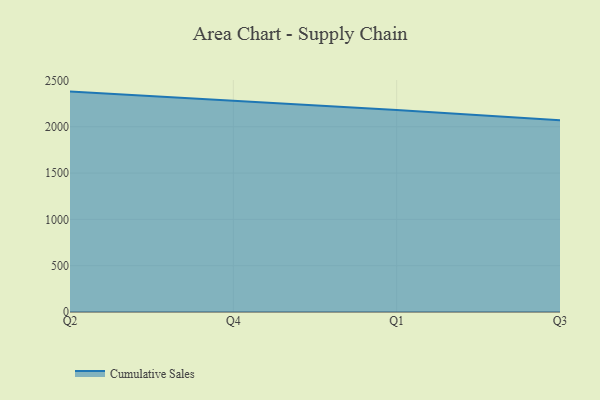
{"axis": {"x": "Quarter", "y": "Churn Rate (%)"}, "legend": ["Cumulative Sales"], "data": [{"x": "Q2", "y": 2379.4, "type": "Cumulative Sales"}, {"x": "Q4", "y": 2284.3, "type": "Cumulative Sales"}, {"x": "Q1", "y": 2181.2, "type": "Cumulative Sales"}, {"x": "Q3", "y": 2070.3, "type": "Cumulative Sales"}]}